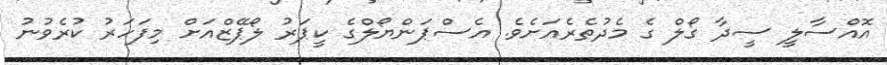
އޮއްސާލީ ސީދާ ގޯލް ގެ މެދުތެރެއަށެވެ. އެސްޕަންޔޯލްގެ ކީޕަރު ލޯޕޭޒްއަށް މިފަހަރު ކުރެވުނު